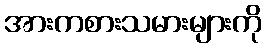
အားကစားသမားများကို